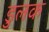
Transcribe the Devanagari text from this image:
डुलक